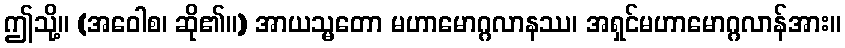
ဤသို့။ (အဝေါစ၊ ဆို၏။) အာယသ္မတော မဟာမောဂ္ဂလာနဿ၊ အရှင်မဟာမောဂ္ဂလာန်အား။